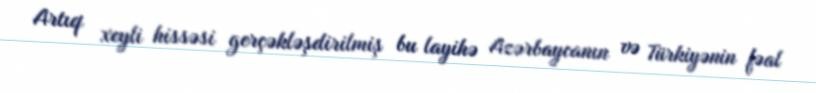
Artıq xeyli hissəsi gerçəkləşdirilmiş bu layihə Azərbaycanın və Türkiyənin fəal